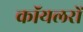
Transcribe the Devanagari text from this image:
कॉयलरों